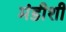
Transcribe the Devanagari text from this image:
मंडीशी